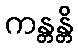
ကန္တန္တိ